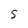
Character: S